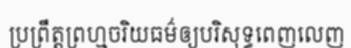
ប្រព្រឹត្តព្រហ្មចរិយធម៌ឲ្យបរិសុទ្ធពេញលេញ